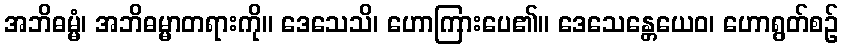
အဘိဓမ္မံ၊ အဘိဓမ္မာတရားကို။ ဒေသေသိ၊ ဟောကြားပေ၏။ ဒေသေန္တေယေဝ၊ ဟောရွတ်စဉ်